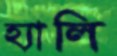
হ্যালি